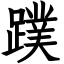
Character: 蹼